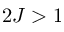
2 J > 1